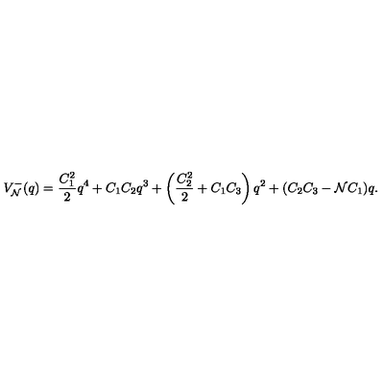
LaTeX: V _ { \cal N } ^ { - } ( q ) = \frac { C _ { 1 } ^ { 2 } } { 2 } q ^ { 4 } + C _ { 1 } C _ { 2 } q ^ { 3 } + \left( \frac { C _ { 2 } ^ { 2 } } { 2 } + C _ { 1 } C _ { 3 } \right) q ^ { 2 } + ( C _ { 2 } C _ { 3 } - { \cal N } C _ { 1 } ) q .